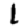
Digit: 1